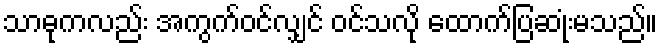
သာဓုကလည်း အကွက်ဝင်လျှင် ဝင်သလို ထောက်ပြဆုံးမသည်။